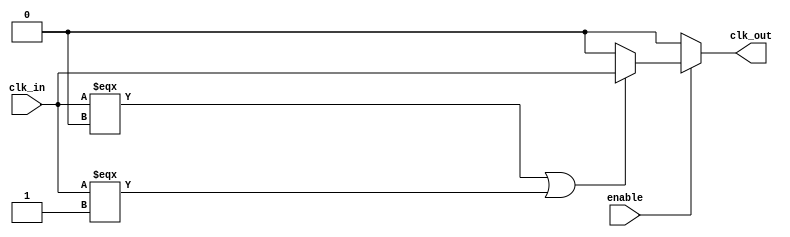
module ClockBuffer (
    input wire clk_in,       // Single-ended clock input
    input wire enable,       // Enable signal for the buffer
    output wire clk_out      // Buffered clock output
);

// Internal signals
wire clk_in_protected;
wire clk_buffered;

// Input Protection (simple example)
assign clk_in_protected = (clk_in === 1'b0 || clk_in === 1'b1) ? clk_in : 1'b0;

// Amplification Stage - Using a series of inverters to amplify the clock signal
// This is a simplified representation; in practice, you may use dedicated buffer cells
wire inv1_out, inv2_out;

// First inverter
assign inv1_out = ~clk_in_protected;

// Second inverter
assign inv2_out = ~inv1_out;

// Output Stage
// The final output is enabled only when 'enable' is high
assign clk_out = enable ? inv2_out : 1'b0;

endmodule